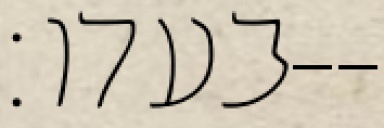
בעדו׃--